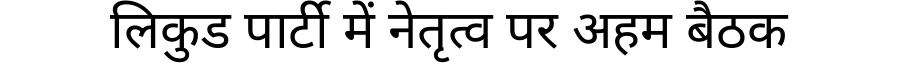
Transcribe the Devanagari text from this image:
लिकुड पार्टी में नेतृत्व पर अहम बैठक